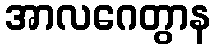
အာလဂေတွာန